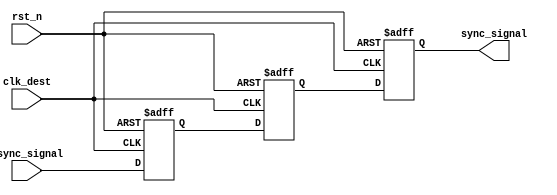
module meta_stability_filter (
    input wire clk_dest,        // Clock for the destination domain
    input wire rst_n,           // Active low reset
    input wire async_signal,     // Input signal from the source clock domain
    output reg sync_signal       // Synchronized output signal
);

    // Internal signals for the flip-flops
    reg ff1_out;                // Output of the first flip-flop
    reg ff2_out;                // Output of the second flip-flop

    // First flip-flop stage
    always @(posedge clk_dest or negedge rst_n) begin
        if (!rst_n) begin
            ff1_out <= 1'b0;    // Reset state
        end else begin
            ff1_out <= async_signal; // Sample the async signal
        end
    end

    // Second flip-flop stage
    always @(posedge clk_dest or negedge rst_n) begin
        if (!rst_n) begin
            ff2_out <= 1'b0;    // Reset state
        end else begin
            ff2_out <= ff1_out; // Pass the output of the first flip-flop
        end
    end

    // Output assignment
    always @(posedge clk_dest or negedge rst_n) begin
        if (!rst_n) begin
            sync_signal <= 1'b0; // Reset state
        end else begin
            sync_signal <= ff2_out; // Final synchronized output
        end
    end

endmodule